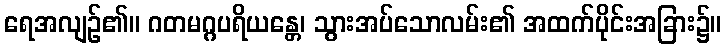
ရေအလျဉ်၏။ ဂတမဂ္ဂပရိယန္တေ၊ သွားအပ်သောလမ်း၏ အထက်ပိုင်းအခြား၌။